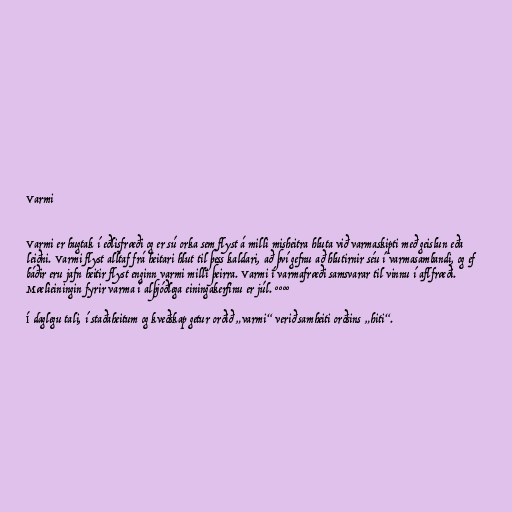
Varmi

Varmi er hugtak í eðlisfræði og er sú orka sem flyst á milli misheitra hluta við varmaskipti með geislun eða
leiðni. Varmi flyst alltaf frá heitari hlut til þess kaldari, að því gefnu að hlutirnir séu í varmasambandi, og ef
báðir eru jafn heitir flyst enginn varmi milli þeirra. Varmi í varmafræði samsvarar til vinnu í aflfræði.
Mælieiningin fyrir varma í alþjóðlega einingakerfinu er júl. °°°°

Í daglegu tali, í staðaheitum og kveðskap getur orðið „varmi“ verið samheiti orðsins „hiti“.